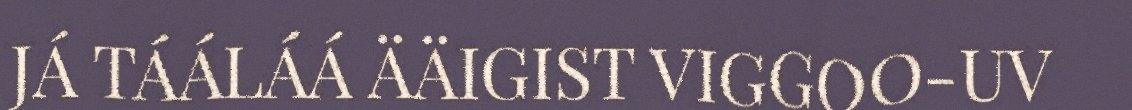
JÁ TÁÁLÁÁ ÄÄIGIST VIGGOO-UV